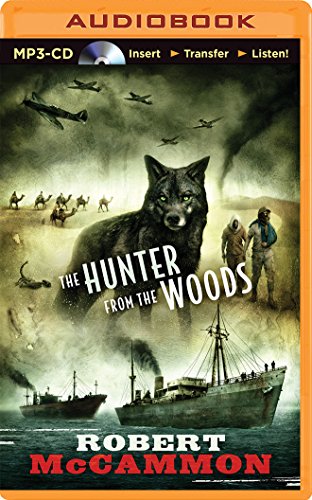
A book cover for The Hunter from the Woods; Robert McCammon; Literature & Fiction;